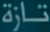
تازة